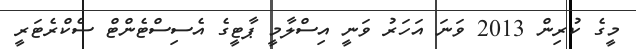
މީގެ ކުރިން 2013 ވަނަ އަހަރު ވަނީ އިސްލާމީ ޕާޓީގެ އެސިސްޓެންޓް ސެކްރެޓަރީ